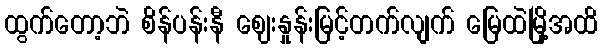
ထွက်တော့ဘဲ စိန်ပန်းနီ ဈေးနှုန်းမြင့်တက်လျက် မြေထဲမြို့အထိ